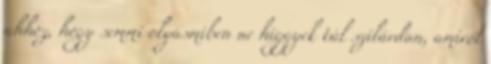
ahhoz, hogy semmi olyasmiben ne higgyek túl szilárdan, amiről